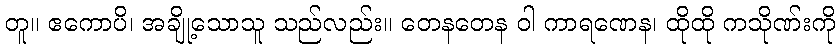
တူ။ ဧကောပိ၊ အချို့သောသူ သည်လည်း။ တေနတေန ဝါ ကာရဏေန၊ ထိုထို ကသိုဏ်းကို